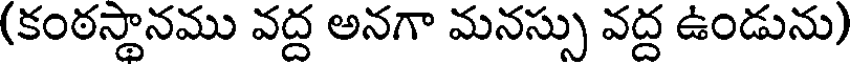
(కంఠస్థానము వద్ద అనగా మనస్సు వద్ద ఉండును)